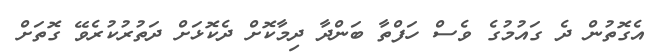
އެގޮތުން ދެ ގައުމުގެ ވެސް ހަފްތާ ބަންދާ ދިމާކޮށް ދެކޮޅަށް ދަތުރުކުރެވޭ ގޮތަށް